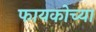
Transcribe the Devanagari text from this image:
फायकोच्या